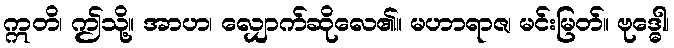
ဣတိ၊ ဤသို့။ အာဟ၊ လျှောက်ဆိုလေ၏။ မဟာရာဇ၊ မင်းမြတ်။ ဗုဒ္ဓေါ၊